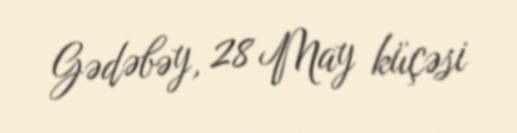
Gədəbəy, 28 May küçəsi